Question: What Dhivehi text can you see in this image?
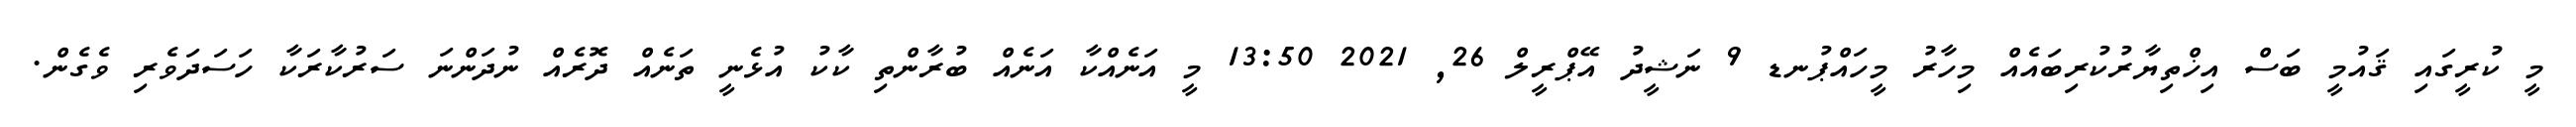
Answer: މީ ކުރީގައި ޤައުމީ ބަސް އިޚްތިޔާރުކުރިބައެއް މިހާރު މީހައްޕުނޑ 9 ނަޝީދު އޭޕްރީލް 26, 2021 13:50 މީ އަނެއްކާ އަނެއް ބުރާންތި ކާކު އުޅެނީ ތަނެއް ދޮރެއް ނުދަންނަ ސަރުކާރަކާ ހަސަދަވެރި ވެގެން.